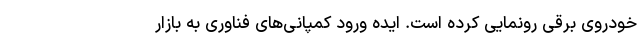
خودروی برقی رونمایی کرده است. ایده ورود کمپانی‌های فناوری به بازار